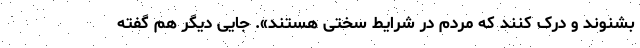
بشنوند و درک کنند که مردم در شرایط سختی هستند». جایی دیگر هم گفته